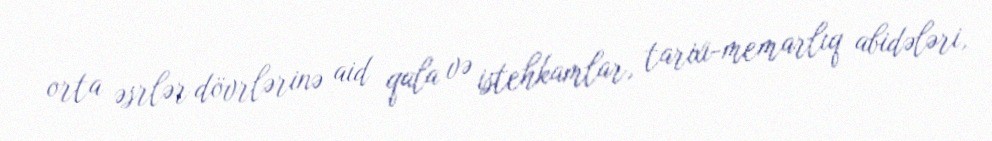
orta əsrlər dövrlərinə aid qala və istehkamlar, tarixi-memarlıq abidələri,